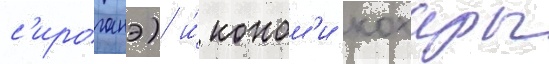
с'ироганэ) и́ коном'и кохары